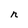
Character: n